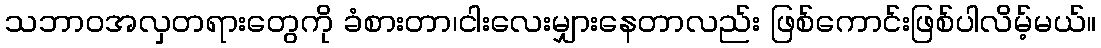
သဘာဝအလှတရားတွေကို ခံစားတာ၊ငါးလေးမျှားနေတာလည်း ဖြစ်ကောင်းဖြစ်ပါလိမ့်မယ်။